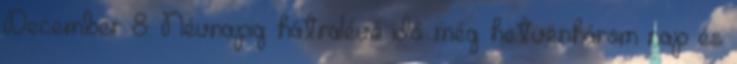
December 8. Névnapig hátralévő idő: még hetvenhárom nap és